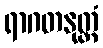
ရာဂတနုတ္တံ